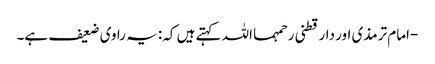
-امام ترمذی اور دارقطنی رحمہما اللہ کہتے ہیں کہ: یہ راوی ضعیف ہے۔